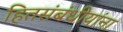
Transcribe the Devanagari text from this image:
हितसंबंधीयांना